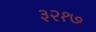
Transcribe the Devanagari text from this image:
३२१७